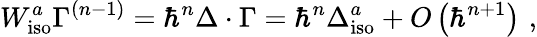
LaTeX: W_{\mathrm{iso}}^{a}\Gamma^{\left(n-1\right)}=\hbar^{n}\Delta\cdot\Gamma=\hbar^{n}\Delta_{\mathrm{iso}}^{a}+O\left(\hbar^{n+1}\right)\, \, ,